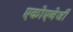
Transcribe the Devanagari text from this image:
एकोएनेर्जी